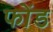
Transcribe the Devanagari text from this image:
फोंड